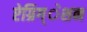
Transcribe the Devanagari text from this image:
ऐग्रिग्‌ेशन